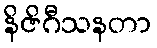
နိဇိဂီသနတာ